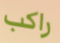
راكب